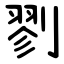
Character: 剹